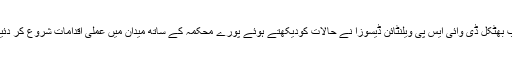
مگر اب بھٹکل ڈی وائی ایس پی ویلنٹائن ڈیسوزا نے حالات کودیکھتے ہوئے پورے محکمہ کے ساتھ میدان میں عملی اقدامات شروع کر دئیے ہیں۔